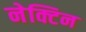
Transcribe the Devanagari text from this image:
नेक्टिन